Oriental or Dehli sore - Number 13
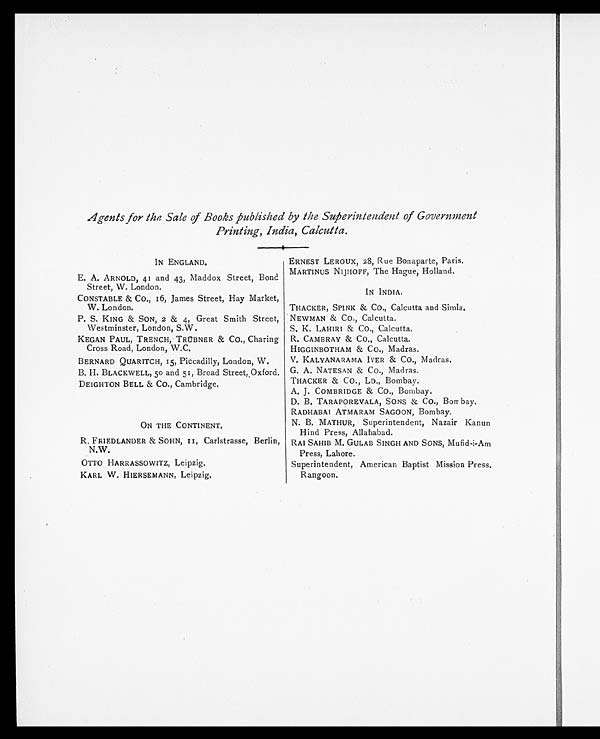
Agents for the Sale of Books published by the Superintendent of Government
Printing, India, Calcutta.
IN ENGLAND.
ERNEST LEROUX, 28, Rue Bonaparte, Paris.
MARTINUS NIJHOFF, The Hague, Holland.
E. A. ARNOLD, 41 and 43, Maddox Street, Bond
Street, W. London.
IN INDIA.
CONSTABLE & CO., 16, James Street, Hay Market,
W. London.
THACKER, SPINK & Co., Calcutta and Simla.
P. S. KING & SON, 2 & 4, Great Smith Street,
Westminster, London, S.W.
NEWMAN & Co., Calcutta.
S. K. LAHIRI & Co., Calcutta.
KEGAN PAUL, TRENCH, TRÜBNER & CO., Charing
Cross Road, London, W.C.
R. CAMBRAY & CO., Calcutta.
HIGGINBOTHAM & CO., Madras.
BERNARD QUARITCH, 15, Piccadilly, London, W.
V. KALYANARAMA IYER & CO., Madras.
B. H. BLACKWELL, 50 and 51, Broad Street, Oxford. G. A. NATESAN & CO., Madras.
DEIGHTON BELL & CO., Cambridge.
THACKER & CO., LD., Bombay.
A. J. COMBRIDGE & CO., Bombay.
D. B. TARAPOREVALA, SONS & CO., Bombay.
RADHABAI ATMARAM SAGOON, Bombay.
ON THE CONTINENT.
N. B. MATHUR, Superintendent, Nazair Kanun
Hind Press, Allahabad.
R. FRIEDLANDER & SOHN, 11, Carlstrasse, Berlin,
N.W.
RAI SAHIB M. GULAB SINGH AND SONS, Mufid-i-Am
Press, Lahore.
OTTO HARRASSOWITZ, Leipzig,
Superintendent, American Baptist Mission Press.
Rangoon.
KARL W. HIERSEMANN, Leipzig,